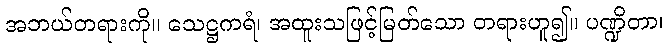
အဘယ်တရားကို။ သေဋ္ဌကရံ၊ အထူးသဖြင့်မြတ်သော တရားဟူ၍။ ပဏ္ဍိတာ၊